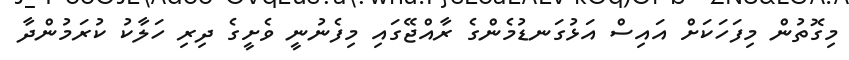
މިގޮތުން މިފަހަކަށް އައިސް އަޅުގަނޑުމެންގެ ރާއްޖޭގައި މިފެނުނީ ވެށީގެ ދިރި ހަލާކު ކުރަމުންދާ